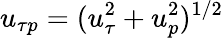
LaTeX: u_{\tau p}=({u_{\tau}^{2}+u_{p}^{2}})^{1/2}